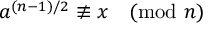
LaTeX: a ^ { ( n - 1 ) / 2 } \not \equiv x { \pmod { n } }